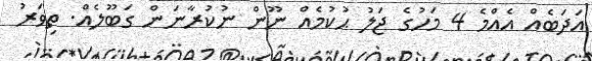
އަދަބެއް އެއްމެ 4 މަހުގެ ޖަލު ޙުކުމެއް ނޫން ނުކުރާނަން ގަބޫލެއް. ތިވަރު